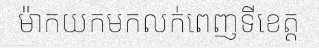
ម៉ាកយកមកលក់ពេញទីខេត្ត